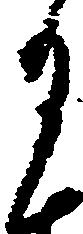
月